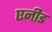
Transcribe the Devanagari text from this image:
एनीड